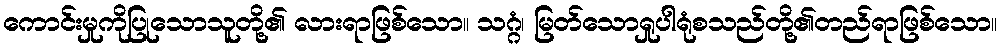
ကောင်းမှုကိုပြုသောသူတို့၏ လားရာဖြစ်သော။ သဂ္ဂံ၊ မြတ်သောရှုပါရုံစသည်တို့၏တည်ရာဖြစ်သော။